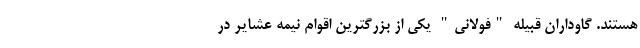
هستند. گاوداران قبیله "فولانی" یکی از بزرگترین اقوام نیمه عشایر در